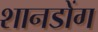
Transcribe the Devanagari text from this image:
शानडोंग